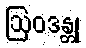
ဩဝဒန္တု